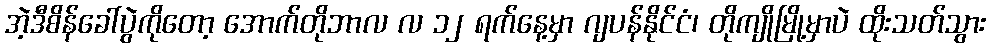
အဲ့ဒီစိန်ခေါ်ပွဲကိုတော့ အောက်တိုဘာလ လ ၁၂ ရက်နေ့မှာ ဂျပန်နိုင်ငံ၊ တိုကျိုမြို့မှာပဲ ထိုးသတ်သွား